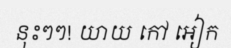
នុះៗៗ! យាយ កៅ អៀក